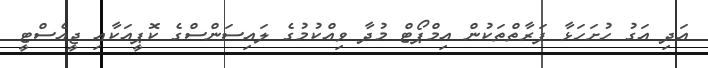
އަދި އަގު ހުށަހަޅާ ފަރާތްތަކުން އިމްޕޯޓް މުދާ ވިއްކުމުގެ ލައިސަންސްގެ ކޮޕީއަކާއި ޖީއެސްޓީ